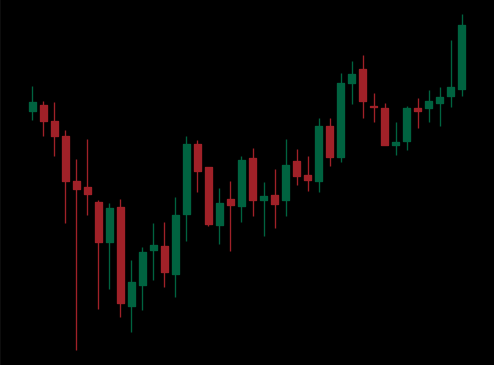
Pattern: unclassified